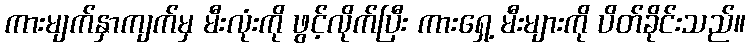
ကားမျက်နှာကျက်မှ မီးလုံးကို ဖွင့်လိုက်ပြီး ကားရှေ့ မီးများကို ပိတ်ခိုင်းသည်။